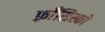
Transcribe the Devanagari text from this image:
फ़्राँसिस्को